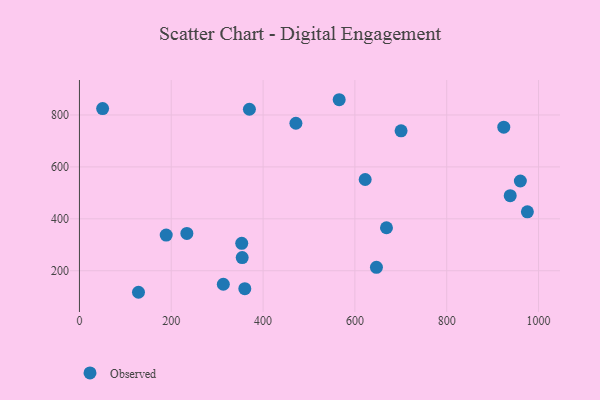
{"axis": {"x": "Investment", "y": "Sales"}, "legend": ["Observed"], "data": [{"x": "370.2", "y": 822.1, "type": "Observed"}, {"x": "960.4", "y": 545.7, "type": "Observed"}, {"x": "353.5", "y": 305.6, "type": "Observed"}, {"x": "700.6", "y": 739.1, "type": "Observed"}, {"x": "622.4", "y": 551.5, "type": "Observed"}, {"x": "565.8", "y": 858.7, "type": "Observed"}, {"x": "354.5", "y": 250.7, "type": "Observed"}, {"x": "234.0", "y": 343.9, "type": "Observed"}, {"x": "471.5", "y": 768.2, "type": "Observed"}, {"x": "646.9", "y": 213.4, "type": "Observed"}, {"x": "189.0", "y": 337.3, "type": "Observed"}, {"x": "360.2", "y": 131.0, "type": "Observed"}, {"x": "938.3", "y": 489.3, "type": "Observed"}, {"x": "975.7", "y": 427.2, "type": "Observed"}, {"x": "50.5", "y": 824.5, "type": "Observed"}, {"x": "313.4", "y": 148.1, "type": "Observed"}, {"x": "128.6", "y": 117.2, "type": "Observed"}, {"x": "668.8", "y": 365.6, "type": "Observed"}, {"x": "924.3", "y": 753.1, "type": "Observed"}]}